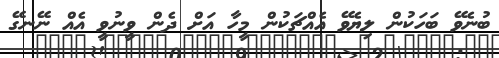
ބުނެވޭ ބަހަކުން ލިޔެވޭ އެއްޗަކުން މީހާ އަށް ދެން ވީނުވީ އެއް ނޭނގޭ